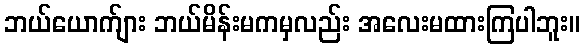
ဘယ်ယောက်ျား ဘယ်မိန်းမကမှလည်း အလေးမထားကြပါဘူး။